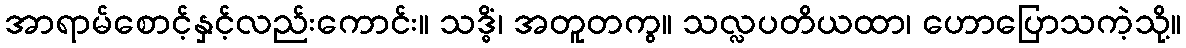
အာရာမ်စောင့်နှင့်လည်းကောင်း။ သဒ္ဓိံ၊ အတူတကွ။ သလ္လပတိယထာ၊ ဟောပြောသကဲ့သို့။